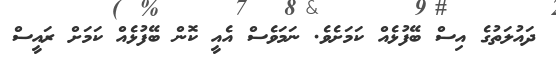
ދައުލަތުގެ އިސް ބޭފުޅެއް ކަމަށެވެ. ނަމަވެސް އެއީ ކޮން ބޭފުޅެއް ކަމަށް ރައީސް